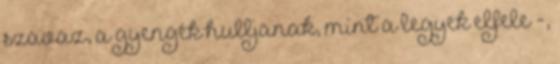
szavaz, a gyengék hulljanak, mint a legyek elfele -,